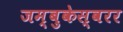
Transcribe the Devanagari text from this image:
जम्बुकेस्वरर